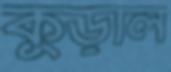
কুড়াল